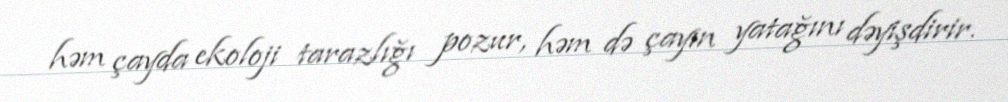
həm çayda ekoloji tarazlığı pozur, həm də çayın yatağını dəyişdirir.